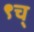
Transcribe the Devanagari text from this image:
९च्